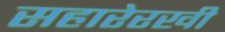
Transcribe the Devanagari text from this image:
सहारेरखी